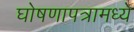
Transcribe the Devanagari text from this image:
घोषणापत्रामध्ये